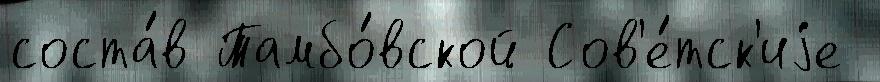
соста́в Тамбо́вской Сов'е́тск'иjе